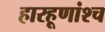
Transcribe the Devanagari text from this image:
हारहूणांश्च